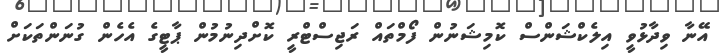
އޭނާ ވިދާޅުވީ އިލެކްޝަންސް ކޮމިޝަނުން ފޯމްތައް ރަޖިސްޓްރީ ކޮށްދިނުމުން ޕާޓީގެ އެހެން ގުނަންތަކަށް